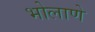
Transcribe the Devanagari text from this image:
भोलाणे